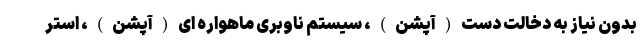
بدون نیاز به دخالت دست(آپشن)، سیستم ناوبری ماهواره ای(آپشن)، استر